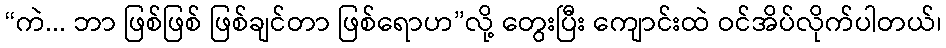
“ကဲ... ဘာ ဖြစ်ဖြစ် ဖြစ်ချင်တာ ဖြစ်ရောဟ”လို့ တွေးပြီး ကျောင်းထဲ ဝင်အိပ်လိုက်ပါတယ်၊